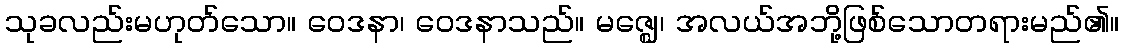
သုခလည်းမဟုတ်သော။ ဝေဒနာ၊ ဝေဒနာသည်။ မဇ္ဈေ၊ အလယ်အဘို့ဖြစ်သောတရားမည်၏။